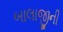
બાલાજીની